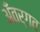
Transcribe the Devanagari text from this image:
अँतर्गत